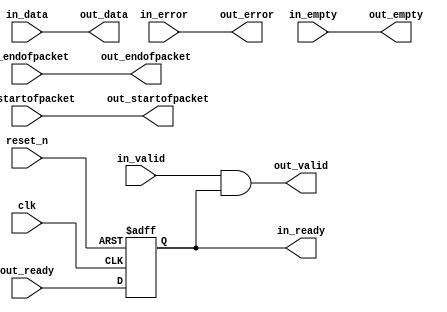
// --------------------------------------------------------------------------------
//| Avalon Streaming Timing Adapter
// --------------------------------------------------------------------------------
// altera message_level level1

`timescale 1ns / 100ps
module DE4_SOPC_timing_adapter_1 (
    
      // Interface: clk
      input              clk,
      // Interface: reset
      input              reset_n,
      // Interface: in
      output reg         in_ready,
      input              in_valid,
      input      [31: 0] in_data,
      input      [ 5: 0] in_error,
      input              in_startofpacket,
      input              in_endofpacket,
      input      [ 1: 0] in_empty,
      // Interface: out
      input              out_ready,
      output reg         out_valid,
      output reg [31: 0] out_data,
      output reg [ 5: 0] out_error,
      output reg         out_startofpacket,
      output reg         out_endofpacket,
      output reg [ 1: 0] out_empty
);




   // ---------------------------------------------------------------------
   //| Signal Declarations
   // ---------------------------------------------------------------------

   reg  [41: 0] in_payload;
   reg  [41: 0] out_payload;
   reg  [ 1: 0] ready;


   // ---------------------------------------------------------------------
   //| Payload Mapping
   // ---------------------------------------------------------------------
   always @* begin
     in_payload = {in_data,in_error,in_startofpacket,in_endofpacket,in_empty};
     {out_data,out_error,out_startofpacket,out_endofpacket,out_empty} = out_payload;
   end

   // ---------------------------------------------------------------------
   //| Ready & valid signals.
   // ---------------------------------------------------------------------
   always @* begin
     ready[1] = out_ready;
     out_valid = in_valid && ready[0];
     out_payload = in_payload;
     in_ready = ready[0];
   end


   always @(posedge clk or negedge reset_n) begin
      if (!reset_n) begin
        ready[1-1:0] <= 0;
      end else begin
        ready[1-1:0] <= ready[1:1];
      end 
   end


endmodule